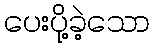
ပေးပို့ခဲ့သော